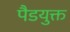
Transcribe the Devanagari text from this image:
पैडयुक्त